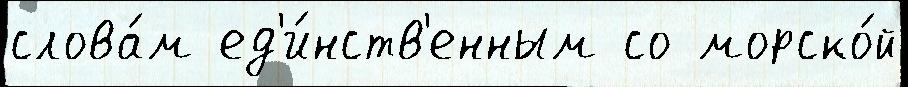
слова́м ед'и́нств'енным со морско́й